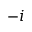
- i